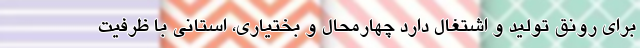
برای رونق تولید و اشتغال دارد چهارمحال و بختیاری، استانی با ظرفیت